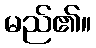
မည်၏။